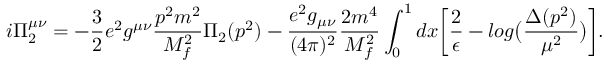
i \Pi _ { 2 } ^ { \mu \nu } = - \frac { 3 } { 2 } e ^ { 2 } g ^ { \mu \nu } \frac { p ^ { 2 } m ^ { 2 } } { M _ { f } ^ { 2 } } \Pi _ { 2 } ( p ^ { 2 } ) - \frac { e ^ { 2 } g _ { \mu \nu } } { ( 4 \pi ) ^ { 2 } } \frac { 2 m ^ { 4 } } { M _ { f } ^ { 2 } } \int _ { 0 } ^ { 1 } d x \biggl [ \frac { 2 } { \epsilon } - l o g \bigl ( \frac { \Delta ( p ^ { 2 } ) } { \mu ^ { 2 } } \bigr ) \biggr ] .